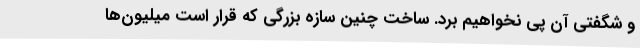
و شگفتی آن پی نخواهیم برد. ساخت چنین سازه بزرگی که قرار است میلیون‌ها